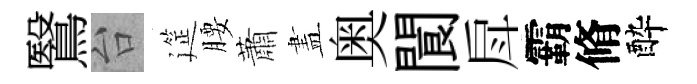
鷖台筵腰蕭𥁞奥閬戽霸脩酔